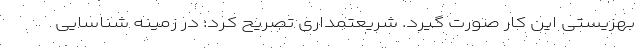
بهزیستی این کار صورت گیرد. شریعتمداری تصریح کرد: در زمینه شناسایی